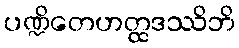
ပဏ္ဍိတေဟတ္ထဒဿိဘိ